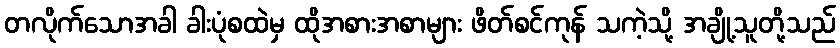
တလိုက်သောအခါ ခါးပုံစထဲမှ ထိုအစားအစာများ ဖိတ်စင်ကုန် သကဲ့သို့ အချို့သူတို့သည်